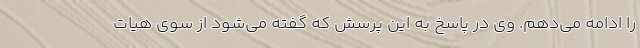
را ادامه می‌دهم. وی در پاسخ به این پرسش که گفته می‌شود از سوی هیات